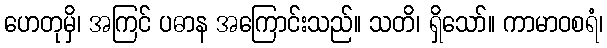
ဟေတုမှိ၊ အကြင် ပဓာန အကြောင်းသည်။ သတိ၊ ရှိသော်။ ကာမာဝစရံ၊